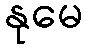
နုမေ